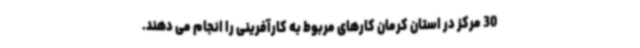
30 مرکز در استان کرمان کارهای مربوط به کارآفرینی را انجام می دهند.